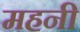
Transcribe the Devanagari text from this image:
महनी